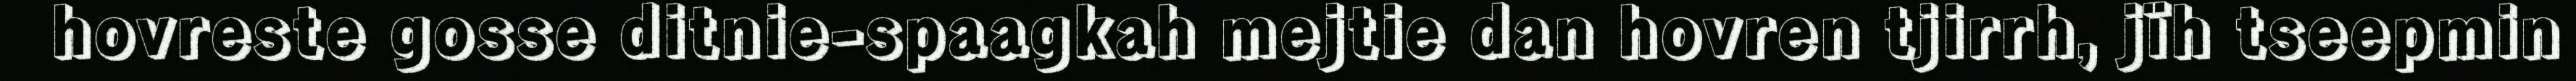
hovreste gosse ditnie-spaagkah mejtie dan hovren tjirrh, jïh tseepmin